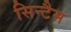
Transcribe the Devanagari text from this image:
सिन्टैम